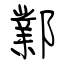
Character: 鄴